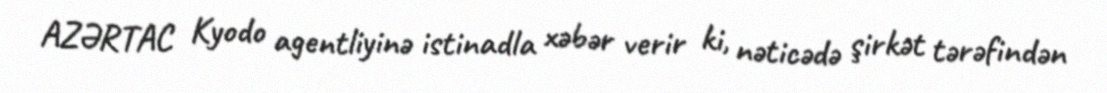
AZƏRTAC Kyodo agentliyinə istinadla xəbər verir ki, nəticədə şirkət tərəfindən